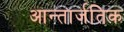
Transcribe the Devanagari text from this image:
आन्तार्जतिक